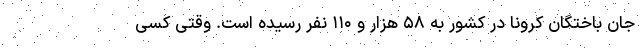
جان باختگان کرونا در کشور به ۵۸ هزار و ۱۱۰ نفر رسیده است. وقتی کسی